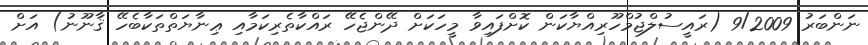
ނަންބަރު 9/2009 (ރައީސުލްޖުމްހޫރިއްޔާކަން ކޮށްފައިވާ މީހަކަށް ދޭންޖެހޭ ރައްކާތެރިކަމާއި ޢިނާޔަތްތަކާބެހޭ ޤާނޫނު) އަށް